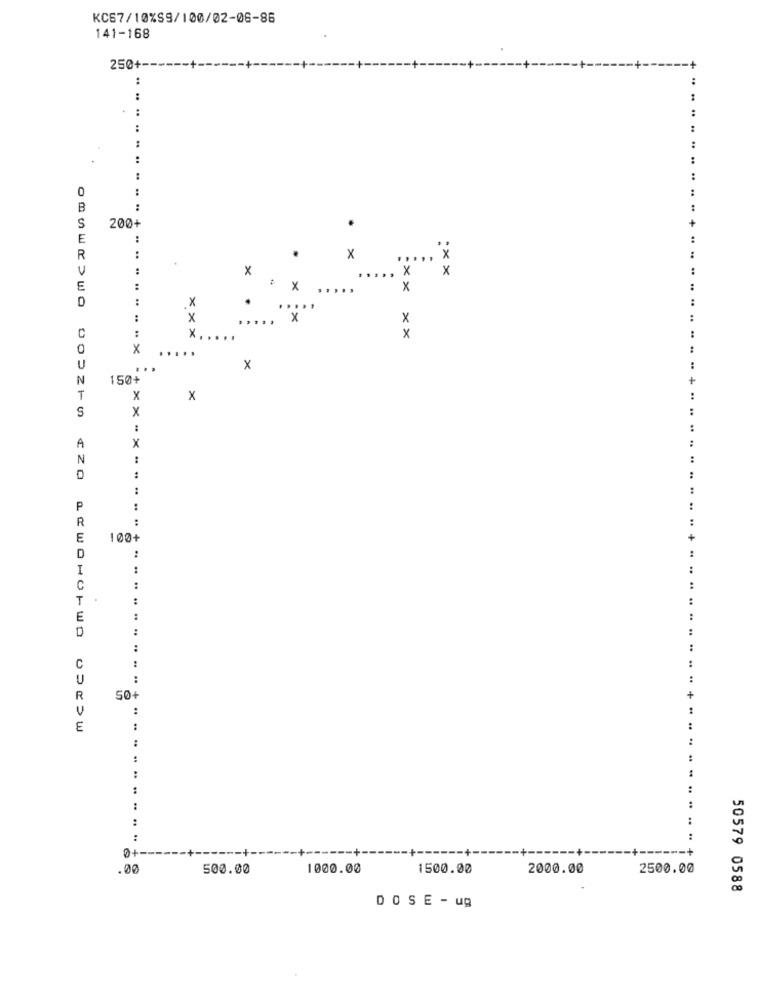
KC57/10%S9/100/02-06-86
141-168
250+ --
:
:
:
..
:
..
..
..
0
B
:
200+
S
E
R
.
X
:
x
x
x
..
E
:
# X
...
x
D
:
x
.
:
x
."x"
x
C
x ..
...
x
X
..
U
x
N
1504
T
x
x
S
x
:
X
A
N
0
:
P
R
:
E
100+
:
D
I
C
T
E
..
..
C
U
:
R
50+
:
E
:
:
..
:
:
0+-
-- +.
.00
500.00
1000.00
1500.00
2000.00
2500.00
50579 0588
DOSE - ug